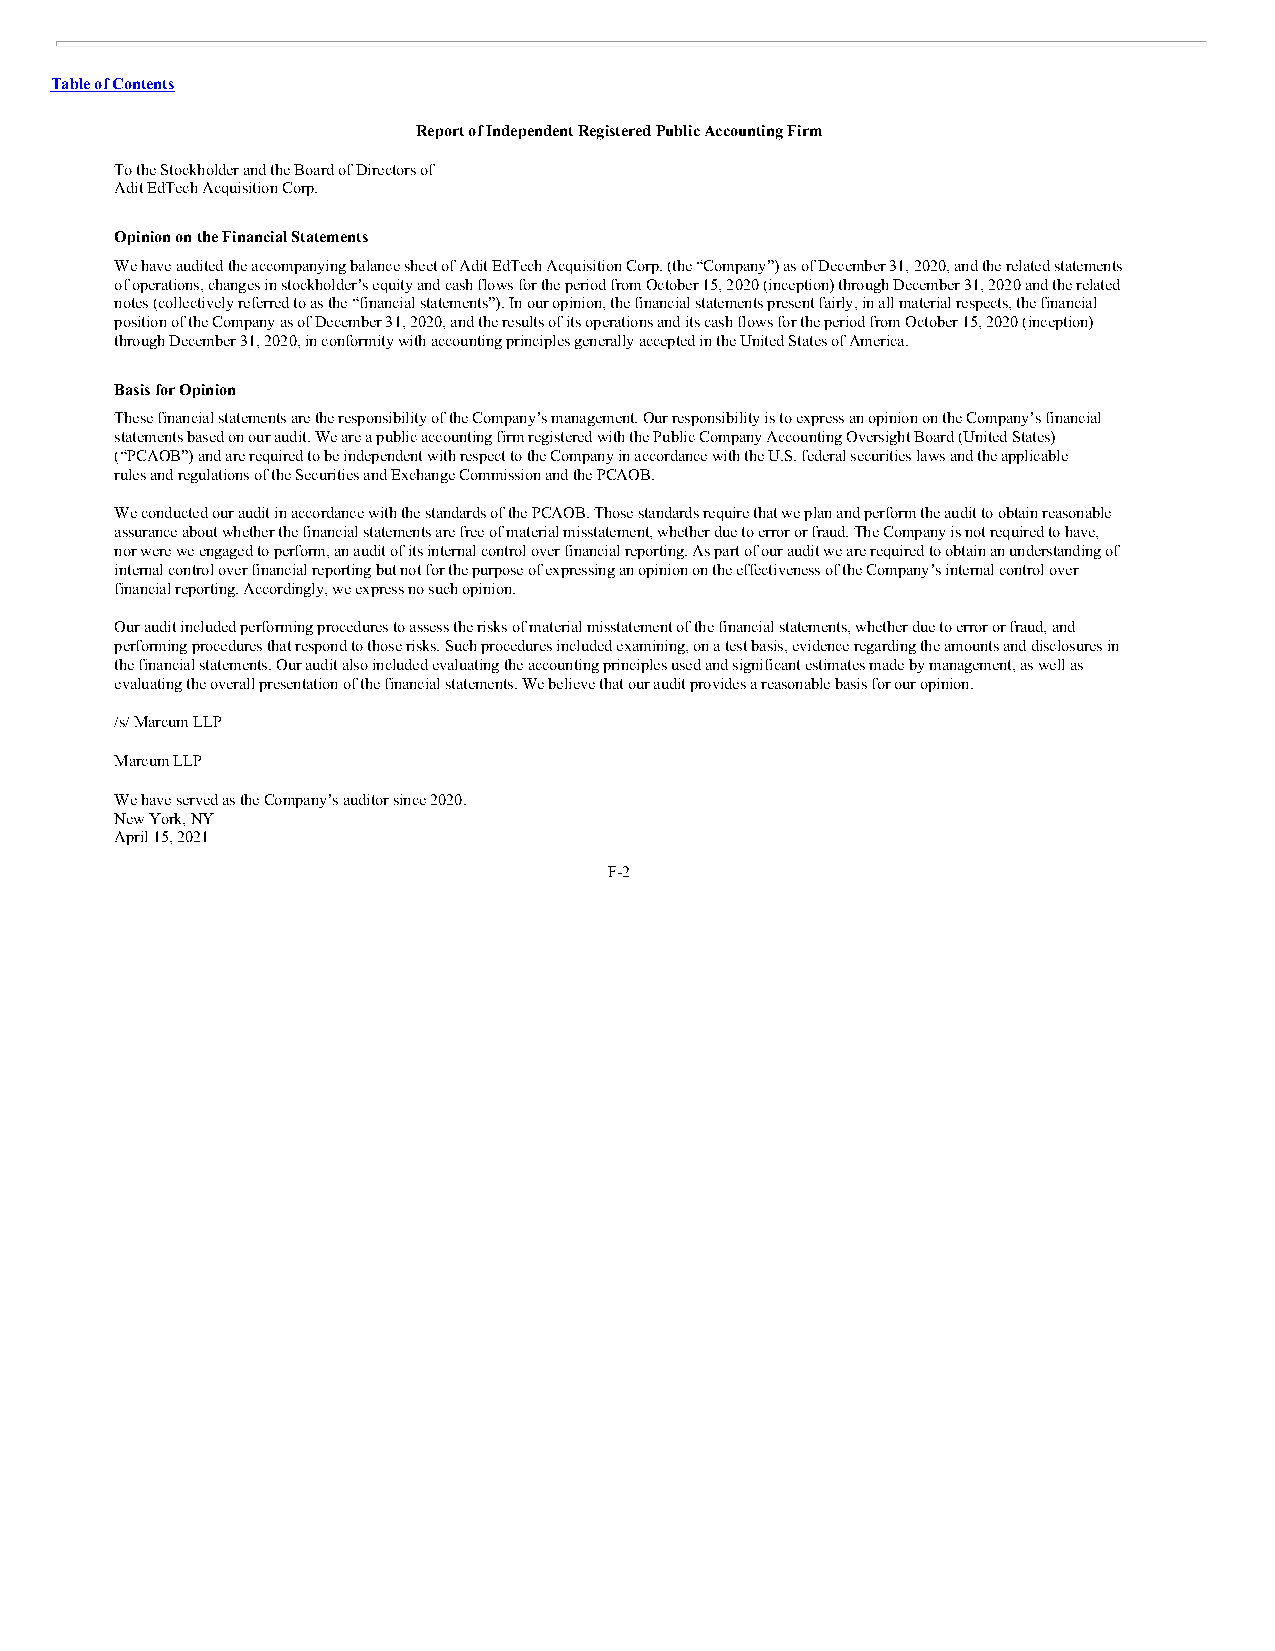
Table of Contents
 Report of Independent Registered Public Accounting Firm
 To the Stockholder and the Board of Directors of
 Adit EdTech Acquisition Corp.
 Opinion on the Financial Statements
 We have audited the accompanying balance sheet of Adit EdTech Acquisition Corp. (the “Company”) as of December 31, 2020, and the related statements
 of operations, changes in stockholder’s equity and cash flows for the period from October 15, 2020 (inception) through December 31, 2020 and the related
 notes (collectively referred to as the “financial statements”). In our opinion, the financial statements present fairly, in all material respects, the financial
 position of the Company as of December 31, 2020, and the results of its operations and its cash flows for the period from October 15, 2020 (inception)
 through December 31, 2020, in conformity with accounting principles generally accepted in the United States of America.
 Basis for Opinion
 These financial statements are the responsibility of the Company’s management. Our responsibility is to express an opinion on the Company’s financial
 statements based on our audit. We are a public accounting firm registered with the Public Company Accounting Oversight Board (United States)
 (“PCAOB”) and are required to be independent with respect to the Company in accordance with the U.S. federal securities laws and the applicable
 rules and regulations of the Securities and Exchange Commission and the PCAOB.
 We conducted our audit in accordance with the standards of the PCAOB. Those standards require that we plan and perform the audit to obtain reasonable
 assurance about whether the financial statements are free of material misstatement, whether due to error or fraud. The Company is not required to have,
 nor were we engaged to perform, an audit of its internal control over financial reporting. As part of our audit we are required to obtain an understanding of
 internal control over financial reporting but not for the purpose of expressing an opinion on the effectiveness of the Company’s internal control over
 financial reporting. Accordingly, we express no such opinion.
 Our audit included performing procedures to assess the risks of material misstatement of the financial statements, whether due to error or fraud, and
 performing procedures that respond to those risks. Such procedures included examining, on a test basis, evidence regarding the amounts and disclosures in
 the financial statements. Our audit also included evaluating the accounting principles used and significant estimates made by management, as well as
 evaluating the overall presentation of the financial statements. We believe that our audit provides a reasonable basis for our opinion.
 /s/ Marcum LLP
 Marcum LLP
 We have served as the Company’s auditor since 2020.
 New York, NY
 April 15, 2021
 F-2